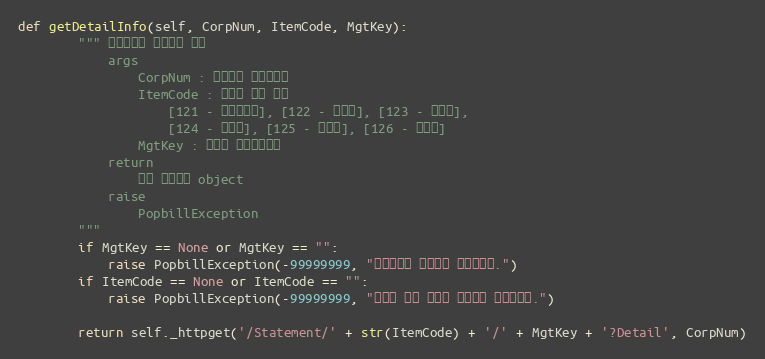
Language: Python
def getDetailInfo(self, CorpNum, ItemCode, MgtKey):
        """ 전자명세서 상세정보 확인
            args
                CorpNum : 팝빌회원 사업자번호
                ItemCode : 명세서 종류 코드
                    [121 - 거래명세서], [122 - 청구서], [123 - 견적서],
                    [124 - 발주서], [125 - 입금표], [126 - 영수증]
                MgtKey : 파트너 문서관리번호
            return
                문서 상세정보 object
            raise
                PopbillException
        """
        if MgtKey == None or MgtKey == "":
            raise PopbillException(-99999999, "관리번호가 입력되지 않았습니다.")
        if ItemCode == None or ItemCode == "":
            raise PopbillException(-99999999, "명세서 종류 코드가 입력되지 않았습니다.")

        return self._httpget('/Statement/' + str(ItemCode) + '/' + MgtKey + '?Detail', CorpNum)